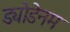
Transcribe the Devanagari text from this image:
ड्योडेनम